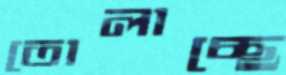
তোলাচ্ছে